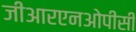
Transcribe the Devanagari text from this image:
जीआरएनओपीसी